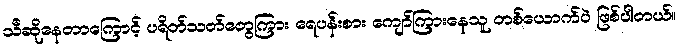
သီဆိုနေတာကြောင့် ပရိတ်သတ်တွေကြား ရေပန်းစား ကျော်ကြားနေသူ တစ်ယောက်ပဲ ဖြစ်ပါတယ်။